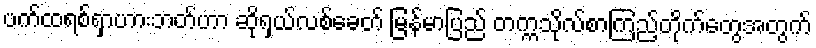
ပက်ထရစ်ရှာဟားဘတ်ဟာ ဆိုရှယ်လစ်ခေတ် မြန်မာပြည် တက္ကသိုလ်စာကြည့်တိုက်တွေအတွက်